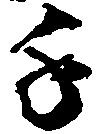
千